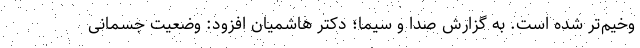
وخیم‌تر شده است. به گزارش صدا و سیما؛ دکتر هاشمیان افزود: وضعیت جسمانی